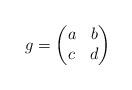
LaTeX: \begin{align*} g=\left(\begin{matrix} a & b\\ c & d\end{matrix}\right)\end{align*}